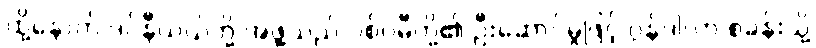
ထို့နောက် ဒင်နီယယ်တို့ အဖွဲ့သည် ပစ်ဂမီတို့၏ ဦးဆောင်မှုဖြင့် ဂွန်ဒါလာ စခန်းသို့